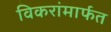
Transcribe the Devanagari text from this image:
विकरांमार्फत